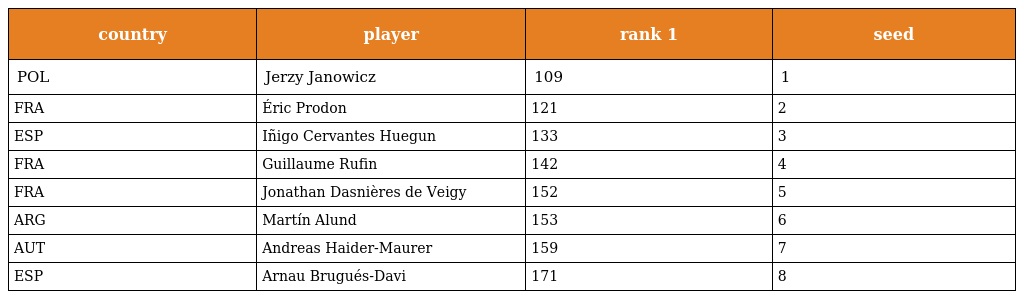
| country | player | rank 1 | seed |
 | --- | --- | --- | --- |
 | POL | Jerzy Janowicz | 109 | 1 |
 | FRA | Éric Prodon | 121 | 2 |
 | ESP | Iñigo Cervantes Huegun | 133 | 3 |
 | FRA | Guillaume Rufin | 142 | 4 |
 | FRA | Jonathan Dasnières de Veigy | 152 | 5 |
 | ARG | Martín Alund | 153 | 6 |
 | AUT | Andreas Haider-Maurer | 159 | 7 |
 | ESP | Arnau Brugués-Davi | 171 | 8 |